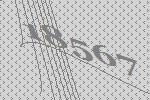
18567